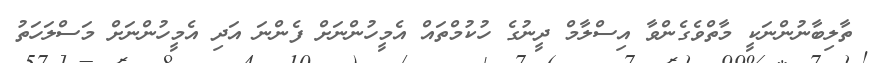
ތާލިބާނުންނަކީ މާތްވެގެންވާ އިސްލާމް ދީނުގެ ހުކުމްތައް އެމީހުންނަށް ފެންނަ އަދި އެމީހުންނަށް މަސްލަހަތު